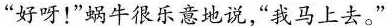
“好呀！”蜗牛很乐意地说，”我马上去。”